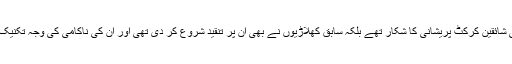
اس پر ناصرف پاکستانی شائقین کرکٹ پریشانی کا شکار تھے بلکہ سابق کھلاڑیوں نے بھی ان پر تنقید شروع کر دی تھی اور ان کی ناکامی کی وجہ تکنیک کی خرابی قرار دیا تھا۔